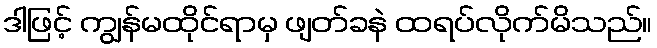
ဒါဖြင့် ကျွန်မထိုင်ရာမှ ဖျတ်ခနဲ ထရပ်လိုက်မိသည်။